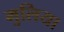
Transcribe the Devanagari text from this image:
मुलिया